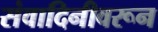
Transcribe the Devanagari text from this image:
संवादिनीवरून